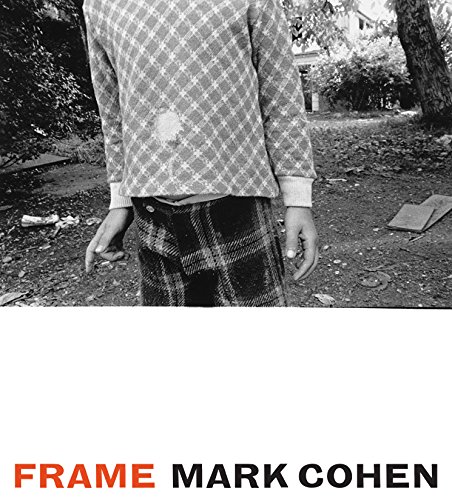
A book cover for Frame: A Retrospective; Mark Cohen; Arts & Photography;